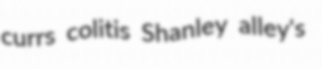
currs colitis Shanley alley's